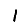
Digit: 1